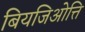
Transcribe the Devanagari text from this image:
बियजिओत्ति